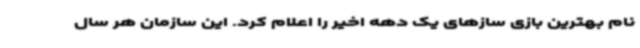
نام بهترین بازی سازهای یک دهه اخیر را اعلام کرد. این سازمان هر سال